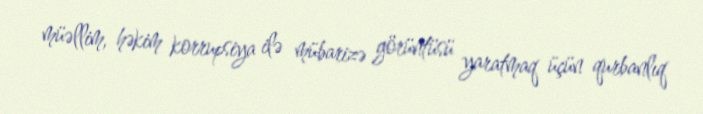
müəllim, həkim korrupsiya ilə mübarizə görüntüsü yaratmaq üçün qurbanlıq